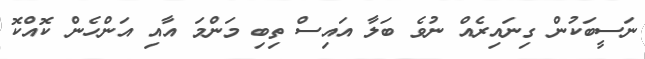
ނަސީބަކުން ގިނައިރެއް ނުވެ ބަލާ އައިސް ތިބި މަންމަ އާއި އަންހެން ކޮއްކޮ